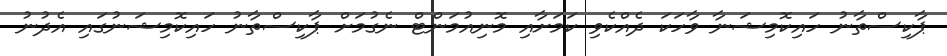
ޕާކިސްތާނު ހައިކޮމިޝަނާ ވާހަކަ ދެއްކެވި ކަމަށާއި މޮނިއުމަންޓް ނެގުމަށް ޕާކިސްތާނު ހައިކޮމިޝަނުގައި އެދުނު